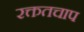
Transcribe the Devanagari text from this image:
रक्ततचाप